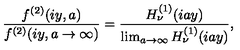
\frac { f ^ { ( 2 ) } ( i y , a ) } { f ^ { ( 2 ) } ( i y , a \to \infty ) } = \frac { H _ { \nu } ^ { ( 1 ) } ( i a y ) } { \lim _ { a \to \infty } H _ { \nu } ^ { ( 1 ) } ( i a y ) } ,